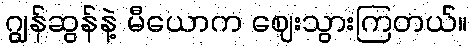
ဂျွန်ဆွန်နဲ့ မီယောက ဈေးသွားကြတယ်။